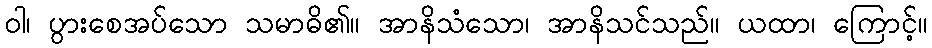
ဝါ၊ ပွားစေအပ်သော သမာဓိ၏။ အာနိသံသော၊ အာနိသင်သည်။ ယထာ၊ ကြောင့်။